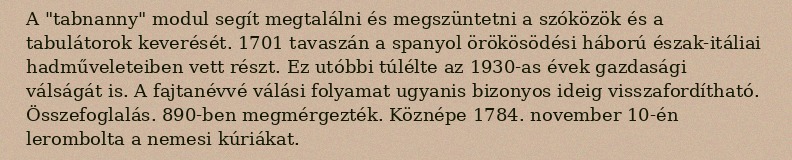
A "tabnanny" modul segít megtalálni és megszüntetni a szóközök és a tabulátorok keverését. 1701 tavaszán a spanyol örökösödési háború észak-itáliai hadműveleteiben vett részt. Ez utóbbi túlélte az 1930-as évek gazdasági válságát is. A fajtanévvé válási folyamat ugyanis bizonyos ideig visszafordítható. Összefoglalás. 890-ben megmérgezték. Köznépe 1784. november 10-én lerombolta a nemesi kúriákat.